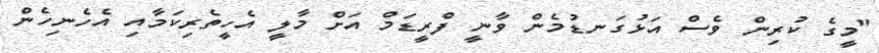
"މީގެ ކުރިން ވެސް އަޅުގަނޑުމެން ވާނީ ފްރީޑަމް އަށް މާލީ އެހީތެރިކަމާއި އެހެނިހެން